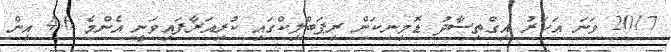
2017 ވަނަ އަހަރު އިގްތިސާދު ޑޮމިނިކަން ރިޕަބްލިކްގައި ކުރިއަރާފައިވަނީ އެންމެ 4.6 އިން